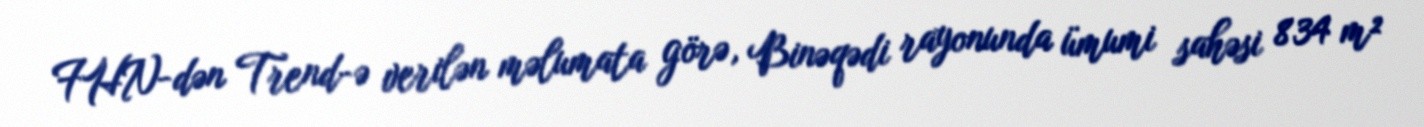
FHN-dən Trend-ə verilən məlumata görə, Binəqədi rayonunda ümumi sahəsi 834 m²